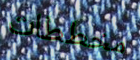
مخططات